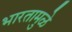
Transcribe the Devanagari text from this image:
भारतामुळे